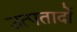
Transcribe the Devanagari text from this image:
उत्पतादों